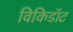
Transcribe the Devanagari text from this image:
विकिडॉट